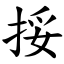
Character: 挼